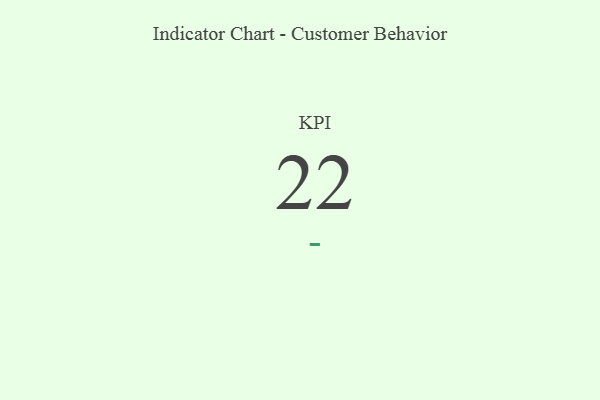
{"axis": {"x": "KPI", "y": "Value"}, "legend": [""], "data": [{"x": "KPI", "y": 22, "type": ""}]}